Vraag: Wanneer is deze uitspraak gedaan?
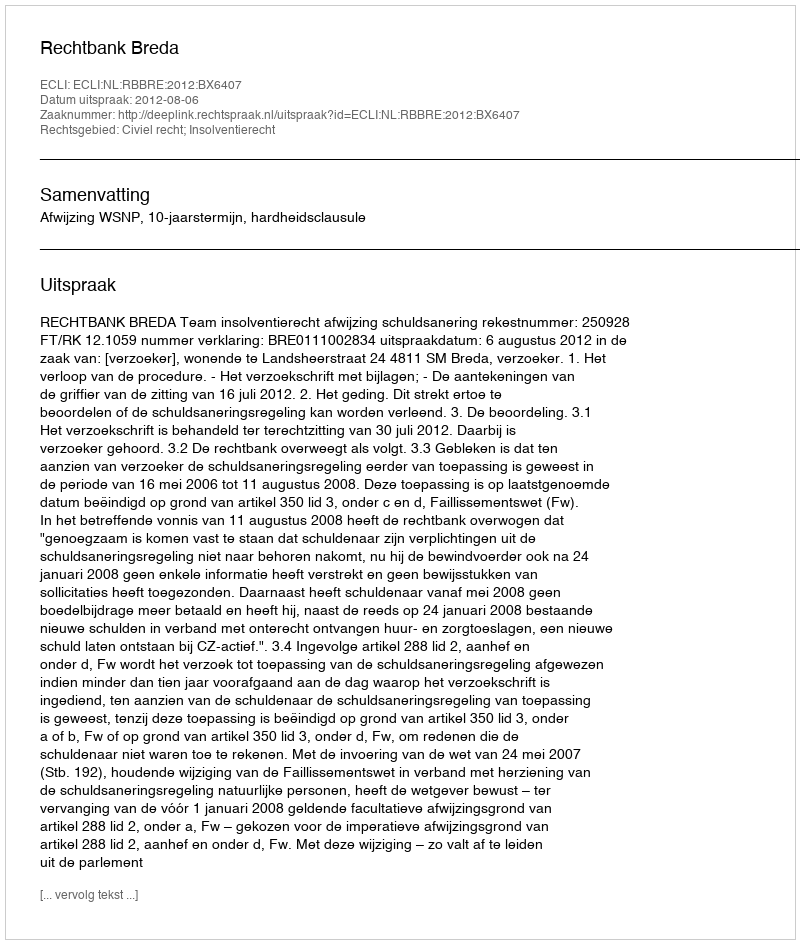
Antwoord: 2012-08-06